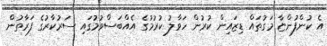
އެ ކުންފުންޏާ މަގުތައް ޑިޒައިން ކުރުން ހަވާލު ކުރުމުގެ އެއްބަސްވުމުގައި ސަރުކާރުގެ ފަރާތުން